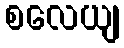
စလေယျ